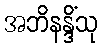
အဘိနန္ဒိံသု